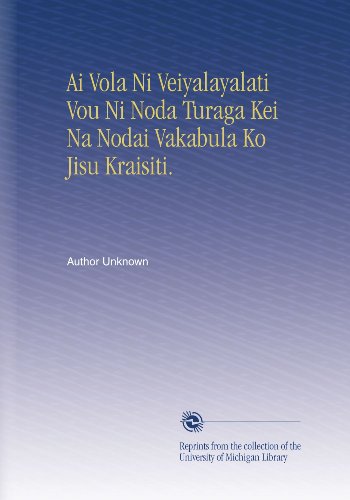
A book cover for Ai Vola Ni Veiyalayalati Vou Ni Noda Turaga Kei Na Nodai Vakabula Ko Jisu Kraisiti. (Fiji Edition); Author Unknown; Travel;